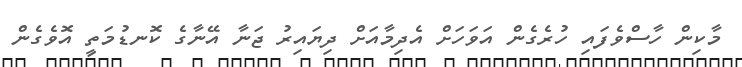
މާކިން ހާސްވެފައި ހުރެގެން އަވަހަށް އެދިމާއަށް ދިޔައިރު ޖަނާ އޭނާގެ ކޮނޑުމަތީ އޮވެގެން